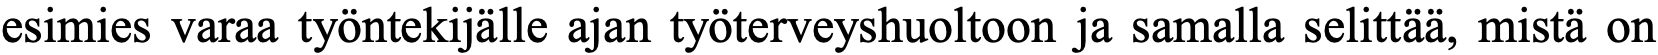
esimies varaa työntekijälle ajan työterveyshuoltoon ja samalla selittää, mistä on